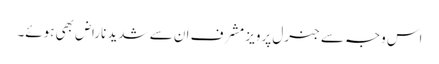
اس وجہ سے جنرل پرویز مشرف ان سے شدید ناراض بھی ہوئے۔